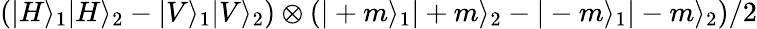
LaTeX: \left(|H\rangle_{1}|H\rangle_{2}-|V\rangle_{1}|V\rangle_{2}\right)\otimes\left(|+m\rangle_{1}|+m\rangle_{2}-|-m\rangle_{1}|-m\rangle_{2}\right)/2